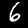
Label: 6